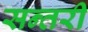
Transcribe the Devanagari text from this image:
सन्तरी